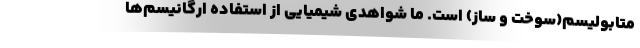
متابولیسم(سوخت و ساز) است. ما شواهدی شیمیایی از استفاده ارگانیسم‌ها